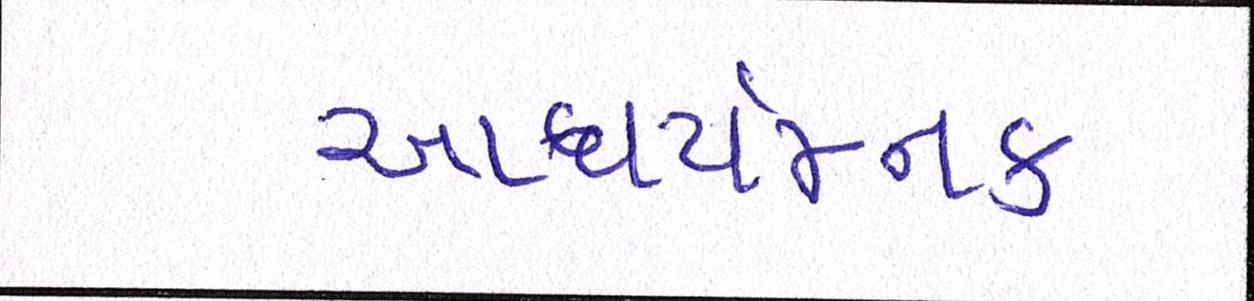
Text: આશ્ચર્યજનક